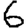
Digit: 6